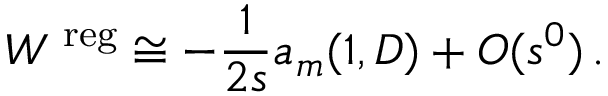
W ^ { \mathrm { \scriptsize ~ r e g } } \cong - \frac 1 { 2 s } a _ { m } ( 1 , D ) + O ( s ^ { 0 } ) \, .